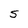
Character: S